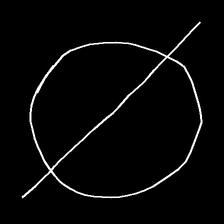
Glyph: orb